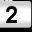
Digit: 2